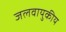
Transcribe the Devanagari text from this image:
जलवायुकीय